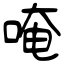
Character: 唵